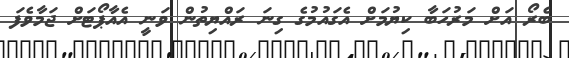
ބެރޯ އަށް މަރުހަބާ ކިޔުމަށް އެގައުމުގެ ގިނަ ރައްޔިތުން ވަނީ އެއާޕޯޓަށް ޖަމާވެފަ